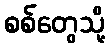
စစ်တွေသို့